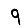
Digit: 9